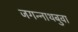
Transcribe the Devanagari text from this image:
जगन्‍नाथबुवा